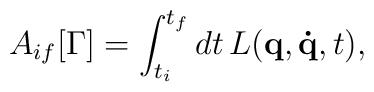
A_{if}[\Gamma ]=\int_{t_i}^{t_f}dt\,L(\mathbf{q},\mathbf{\dot{q}},t),